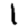
Digit: 1